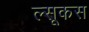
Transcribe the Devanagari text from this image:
ल्सूकस